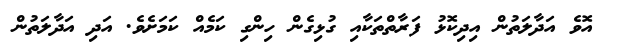
އޮވެ އަދާލަތުން އިދިކޮޅު ފަރާތްތަކާއި ގުޅިގެން ހިންގި ކަމެއް ކަމަށެވެ. އަދި އަދާލަތުން